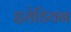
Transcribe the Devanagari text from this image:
इरोडियन